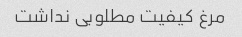
مرغ کیفیت مطلوبی نداشت